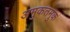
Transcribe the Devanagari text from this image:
अमुकतमुक